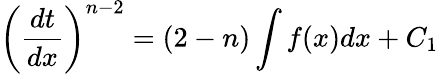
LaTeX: \left({\frac{dt}{dx}}\right)^{n-2}=(2-n)\int f(x)dx+C_{1}